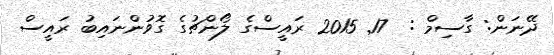
ދޭނަން: ގާސިމް :  17